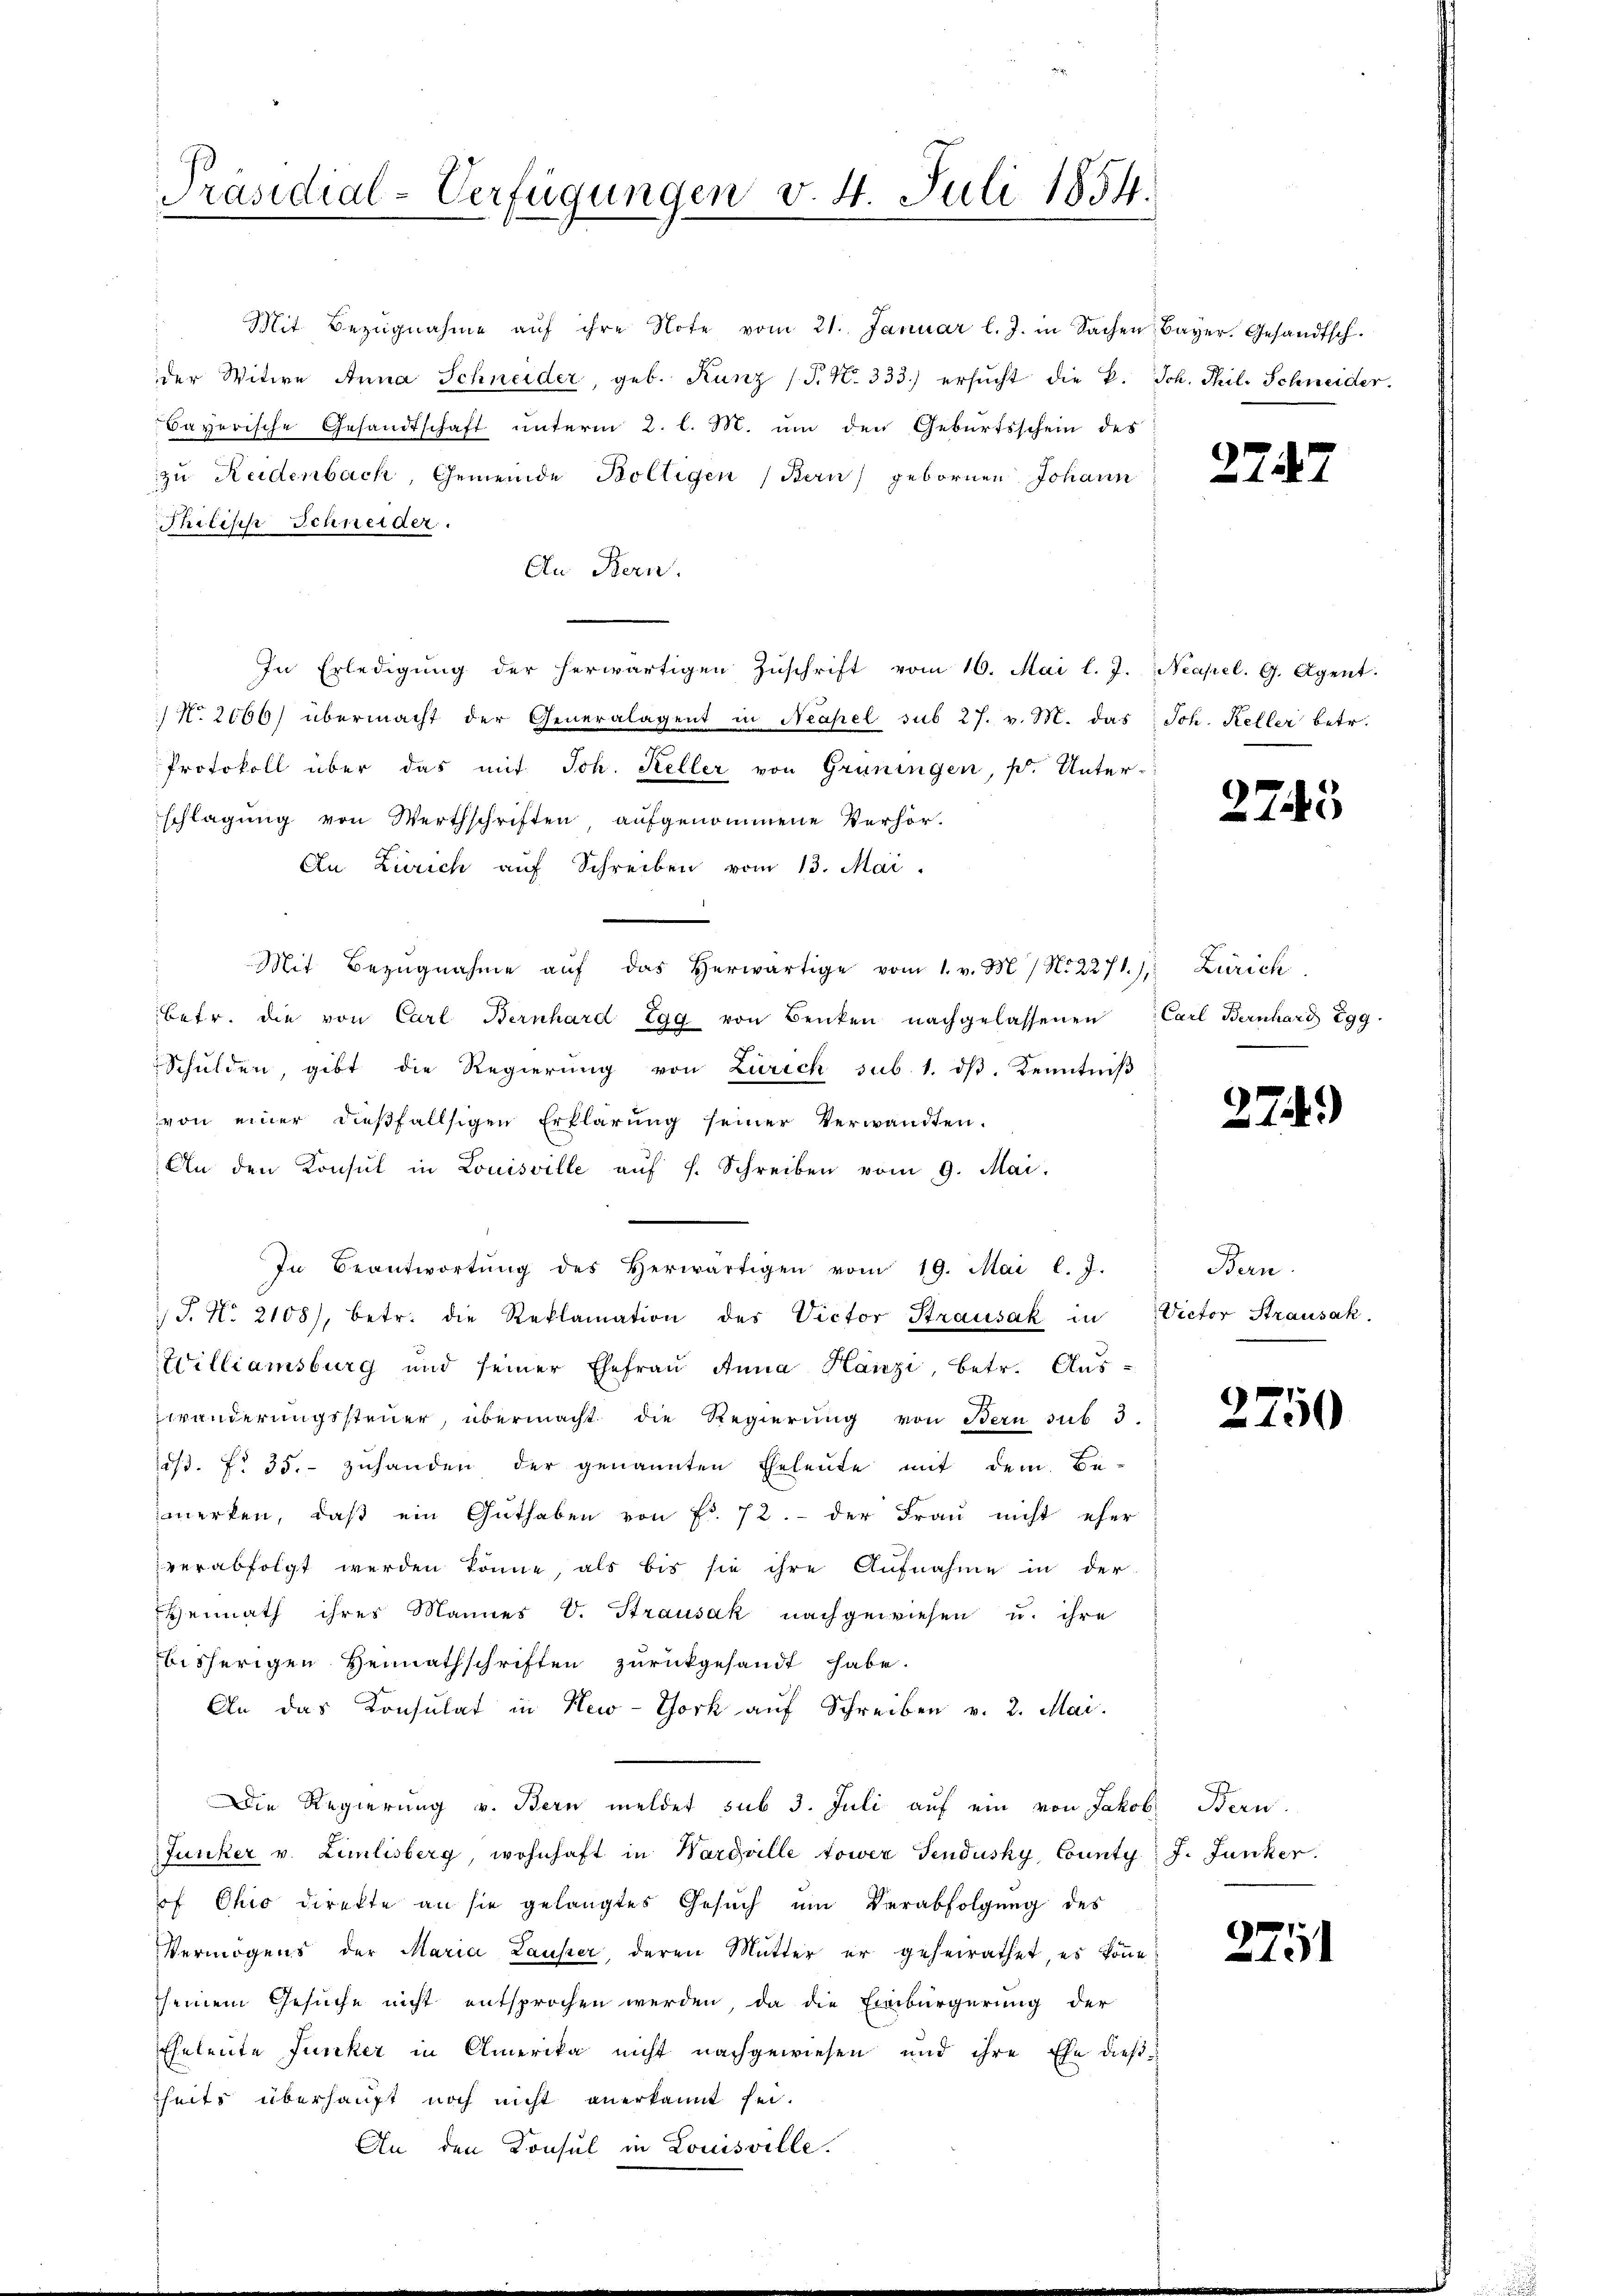
Präsidial-Verfügungen v. 4. Juli 1854.

Mit Bezŭgnahme aŭf ihre Note vom 21. Januar l. J. in Sachen Bayer. Gesandtsch.
der Witwe Anna Schneider, geb. Kunz (S. Nr. 333.) ersŭcht die k. Joh. Phil. Schneider.
Bayerische Gesandtschaft unterm 2. l. M. um den Geburtsschein des
zu Reidenbach, Gemeinde Boltigen (Bern gebornen Johann
Philisch Schneider.
An Bern.
In Erledigŭng der herwärtigen Zŭschrift vom 10. Mai l. J. Neapel. G. Agent.
 No. 2066) übermacht der Generalagent in Neapel sub 27. v. M. das Joh. Keller betr.
Protokoll über das mit Joh. Keller von Grüningen, s. Unterschlagung von Werthschriften, aufgenommene Verhör-
An Zürich auf Schreiben vom 13. Mai.
Mit Bezŭgnahme aŭf das herwärtige vom 1. v. M. / N. 2271), Zürich,
betr. die von Carl Bernhard Egg von Benken nachgelassenen Carl Bernhard Egg
Schulden, gibt die Regierung von Zürich sub. 1. dβ. Kenntniß
von einer dieβfallsigen Erklärŭng seiner Verwandten.
An den Konsul in Louisville aŭf f. Schreiben vom 9. Mai.
In Beantwortŭng des Herwärtigen vom 19. Mai l. J.
J. No. 2108), betr. die Reklamation des Victor Strausak in Victor Strausak.
Williamsburg und seiner Ehefraŭ Anna Hanzi, betr. Aus-
zwänderungssteuer, übermacht die Regierung von Bern sub 3
ist. No 35. zuhanden der genannten Eheleute mit dem Be-
merken, daβ ein Guthaben von Fr. 72. - der Frau nicht eher
verabfolgt werden könne, als bis sie ihre Aufnahme in der
Heimath ihres Mannes V. Strausak nachgewiesen u. ihre
bisherigen Heimathschriften zurückgesandt habe.
An das Konsulat in New-York auf Schreiben v. 2. Mai.
Die Regierung v. Bern meldet sub 3. Juli auf ein von Jakob Bern.
Junker v. Limmlisberg, wohnhaft in Wargälle tower Sendusky, County J. Junker.
of Ohio direkte an sie gelangtes Gesuch um Verabfolgung des
Vermögens der Maria Lausser, deren Mutter er geheirathet, es könne
seinem Gesuche nicht entsprochen werden, da die Einbürgerung der
Eheleute Junker in Amerika nicht nachgewiesen und ihre Ehe dießheits überhaupt noch nicht anerkannt sei.
An den Konsul in Louisville.

277

2743

27.)

Bern.

2750

2711